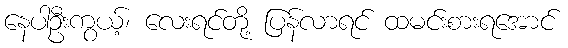
နေပါဦးကွယ့်၊ လေးရင်တို့ ပြန်လာရင် ထမင်းစားရအောင်